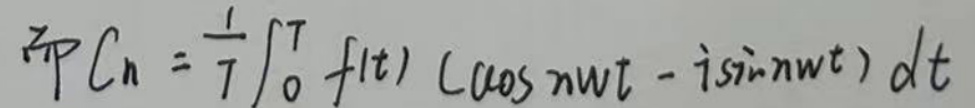
 或$ C_{n}=\frac{1}{T}\int_{0}^{T}f(t)(\cos n\omega t - i\sin n\omega t)dt $